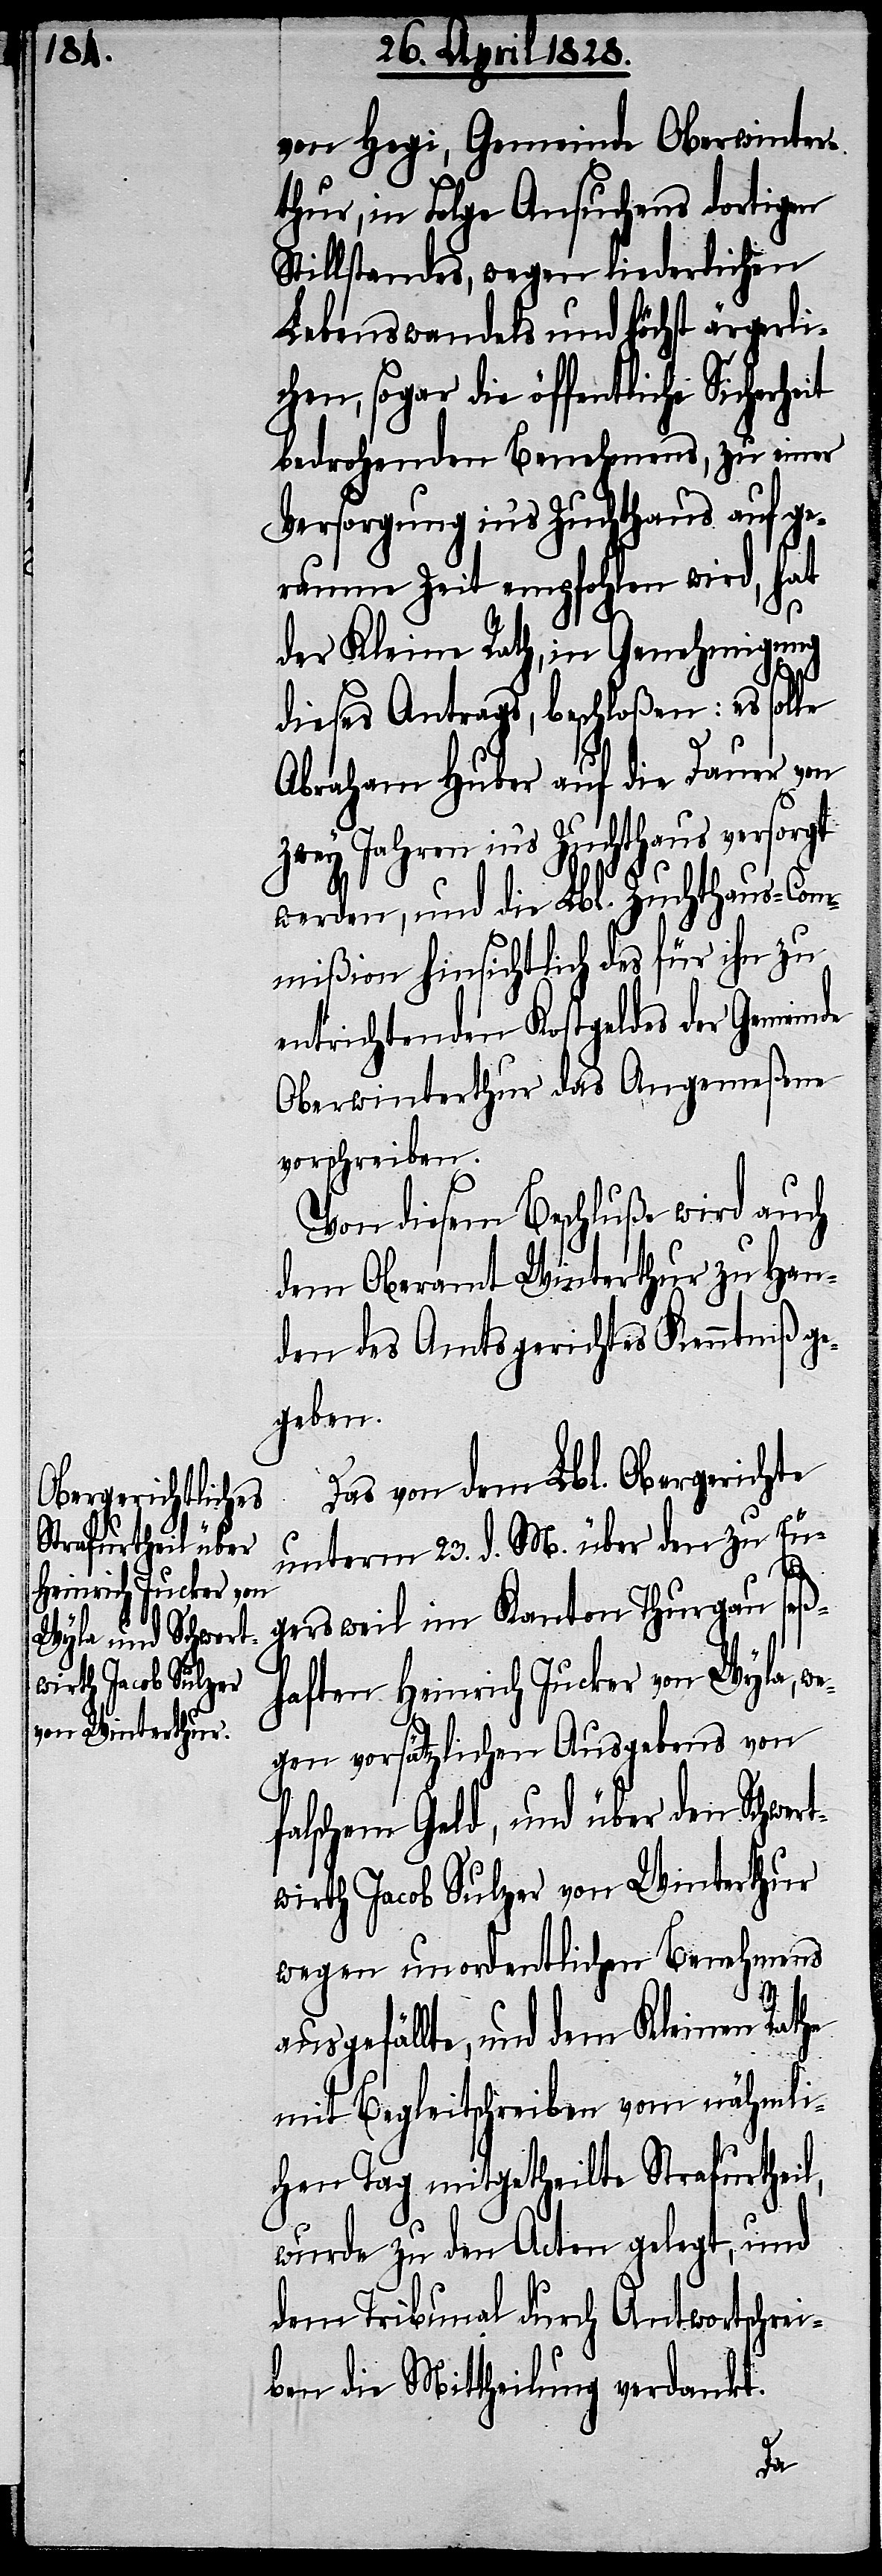
von Hegi, Gemeinde Oberwinter¬
thur, in Folge Ansuchens dortigen
Stillstandes, wegen liederlichen
Lebenswandels und höchst ärgli¬
chen, sogar die öffentliche Sicher¬
bedrohenden Benehmens, zu einer
Versorgung ins Zuchthaus auf ge¬
raume Zeit empfohlen wird, hat
der Kleine Rath, in Genehmigung
rt¬
dieses Antrags, beschloßen: es solle
Abraham Huber auf die Dauer von
zwey Jahren ins Zuchthaus versorgt
werden, und die Lbl. Zuchthaus-Com¬
mißion hinsichtlich des Finanzr¬
entrichtenden Kostgeldes der Gemeinde
Oberwinterthur das Angemeßene
vorschreiben.
Von diesem Beschluße wird auch
dem Oberamt Winterthur zu Han¬
den des Amtsgerichtes Kenntniß ge¬
geben.
Das von dem Lbl. Obergerichte
unterm 23. d. M. über den zu Eu¬
gersweil im Kanton Thurgau seß¬
haften Heinrich Jucker von Wyla, w¬
egen vorsätzlichen Ausgebens von
falschem Geld, und über den Schwe¬
wirth Jacob Sulzer von Winterthur
wegen unordentlichen Benehmens
ausgefällte, und dem Kleinen Rathe
mit Begleitschreiben von nähmli¬
chen Tag mitgetheilte Strafurtheil,
wurde zu den Acten gelegt, und
dem Tribunal durch Antwortschrei¬
ben die Mittheilung verdankt.